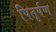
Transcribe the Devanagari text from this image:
पितृर्पण